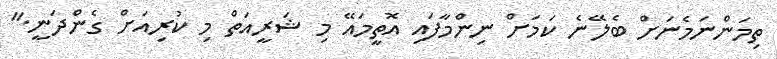
ތިމަންނަމެނަށް ބެލޭނެ ކަމަށް ނިންމާފައި އޮތީމައޭ މި ޝަރީއަތް މި ކުރިއަށް ގެންދަނީ."